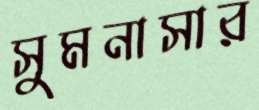
সুমনাসার